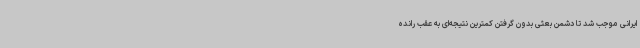
ایرانی موجب شد تا دشمن بعثی بدون گرفتن کمترین نتیجه‌ای به عقب رانده